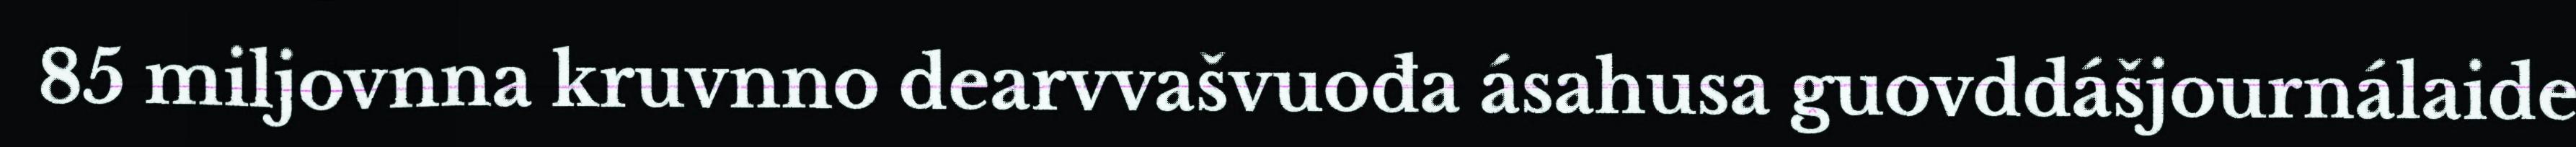
85 miljovnna kruvnno dearvvašvuođa ásahusa guovddášjournálaide